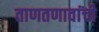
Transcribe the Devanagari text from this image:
ताणतणावांची